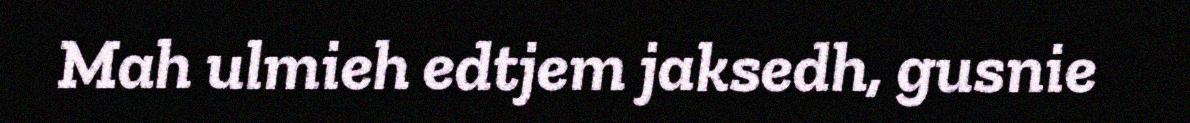
Mah ulmieh edtjem jaksedh, gusnie